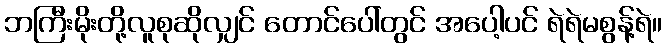
ဘကြီးမိုးတို့လူစုဆိုလျှင် တောင်ပေါ်တွင် အပေါ့ပင် ရဲရဲမစွန့်ရဲ။